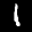
Label: 1